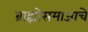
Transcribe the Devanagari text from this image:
ब्राह्मोसमाजाचे